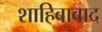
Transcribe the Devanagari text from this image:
शाहिबाबाद